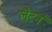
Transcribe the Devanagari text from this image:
लैटर्न